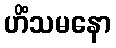
ဟိံသမနော